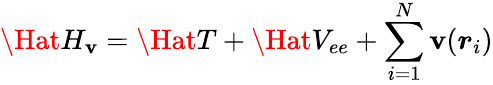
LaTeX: \Hat{H}_{\mathbf{v}}=\Hat{T}+\Hat{V}_{ee}+\sum_{i=1}^{N}\mathbf{v}(\boldsymbol{r}_{i})